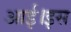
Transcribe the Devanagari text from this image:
आई।इस